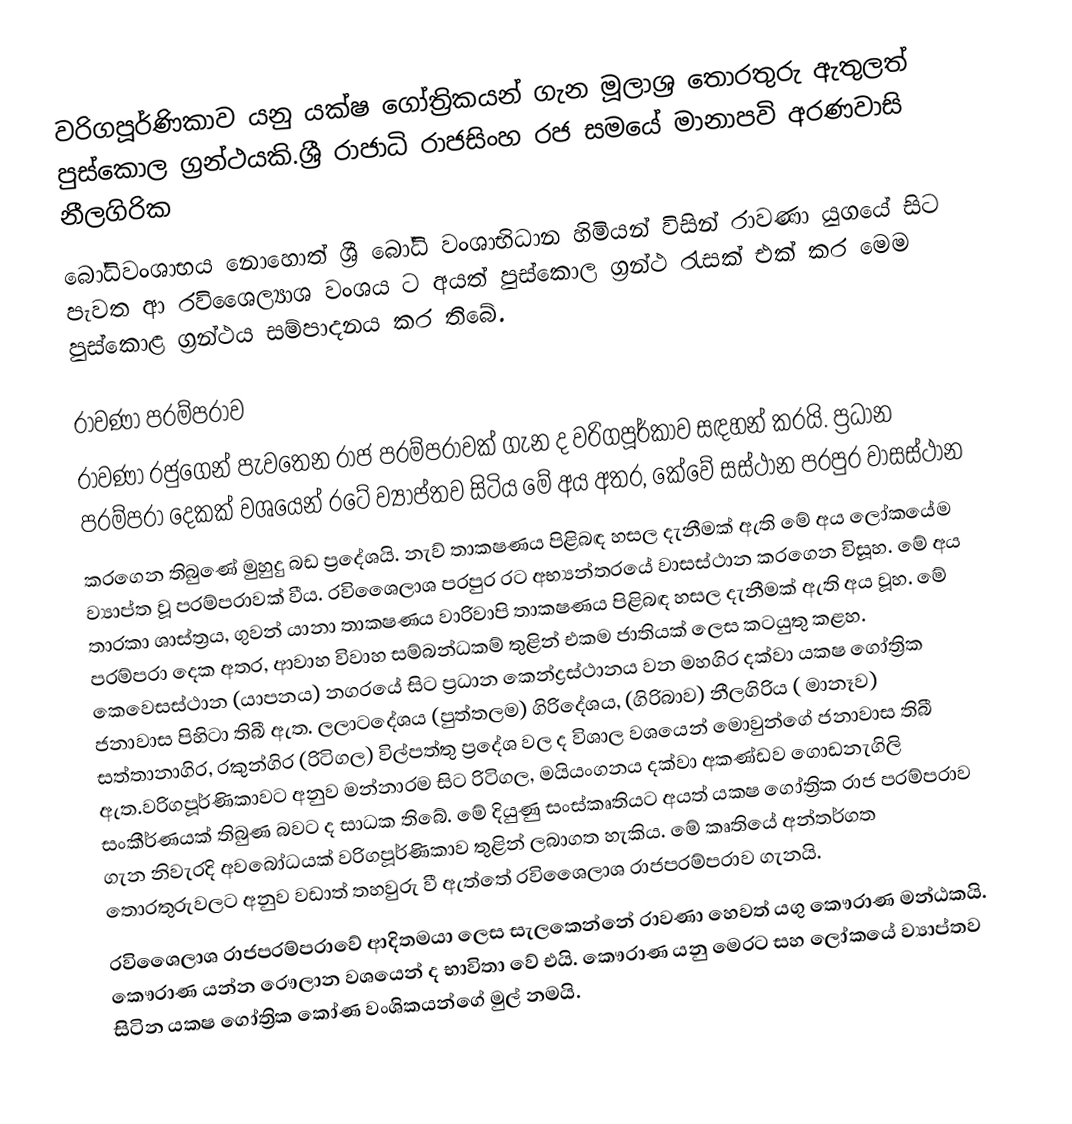
වරිගපූර්ණිකාව යනු යක්‌ෂ ගෝත්‍රිකයන් 	ගැන මූලාශ්‍ර තොරතුරු ඇතුලත්  පුස්‌කොල ග්‍රන්ථයකි.ශ්‍රී රාජාධි රාජසිංහ රජ සමයේ  මානාපවි අරණවාසි නීලගිරික
බෝධිවංශාභය නොහොත් ශ්‍රී බෝධි වංශාභිධාන  හිමියන්  විසින් රාවණා යුගයේ සිට පැවත ආ  රවිශෛල්‍යාශ වංශය ට අයත්  පුස්කොල ග්‍රන්ථ රැසක්‌ එක් කර මෙම  පුස්‌කොළ ග්‍රන්ථය සම්පාදනය කර තිබේ.

රාවණා පරම්පරාව
රාවණා රජුගෙන් පැවතෙන රාජ පරම්පරාවක් ගැන ද වරිගපූර්කාව සඳහන් කරයි. ප්‍රධාන පරම්පරා දෙකක් වශයෙන් රටේ ව්‍යාප්තව සිටිය මේ අය අතර, කේවේ සස්ථාන පරපුර වාසස්ථාන
කරගෙන තිබුණේ මුහුදු බඩ ප්‍රදේශයි. නැව් තාක‍ෂණය පිළිබඳ හසල දැනීමක් ඇති මේ අය ලෝකයේම ව්‍යාප්ත වූ පරම්පරාවක් වීය. රවිශෛලාශ පරපුර රට අභ්‍යන්තරයේ වාසස්ථාන කරගෙන විසූහ. මේ අය තාරකා ශාස්ත්‍රය, ගුවන් යානා තාක‍ෂණය වාරිවාපි තාක‍ෂණය පිළිබඳ හසල දැනීමක් ඇති අය වූහ. මේ පරම්පරා දෙක අතර, ආවාහ විවාහ සම්බන්ධකම් තුළින් එකම ජාතියක් ලෙස කටයුතු කළහ. කෙවෙසස්ථාන (යාපනය) නගරයේ සිට ප්‍රධාන කෙන්ද්‍රස්ථානය වන මහගිර දක්වා යක‍ෂ ගෝත්‍රික ජනාවාස පිහිටා තිබී ඇත. ලලාටදේශය (පුත්තලම) ගිරිදේශය, (ගිරිබාව) නීලගිරිය ( මානෑව) සත්තානාගිර, රකුන්ගිර (රිටිගල) විල්පත්තු ප්‍රදේශ වල ද විශාල වශයෙන්  මොවුන්ගේ ජනාවාස තිබී ඇත.වරිගපූර්ණිකාවට අනුව  මන්නාරම සිට රිටිගල, මයියංගනය දක්වා අකණ්ඩව ගොඩනැගිලි සංකීර්ණයක් තිබුණ බවට ද සාධක තිබේ. මේ දියුණු සංස්කෘතියට අයත් යක‍ෂ ගෝත්‍රික රාජ පරම්පරාව ගැන නිවැරදි අවබෝධයක් වරිගපූර්ණිකාව තුළින් ලබාගත හැකිය. මේ කෘතියේ අන්තර්ගත තොරතුරුවලට අනුව වඩාත් තහවුරු වී ඇත්තේ රවිශෛලාශ රාජපරම්පරාව ගැනයි.
රවිශෛලාශ රාජපරම්පරාවේ ආදිතමයා ලෙස සැලකෙන්නේ රාවණා හෙවත් යගු කෞරාණ මන්ඨකයි. කෞරාණ යන්න රෞලාන වශයෙන් ද භාවිතා වේ එයි. කෞරාණ යනු මෙරට සහ ලෝකයේ ව්‍යාප්තව සිටින යක‍ෂ ගෝත්‍රික කෝණ වංශිකයන්ගේ මුල් නමයි.